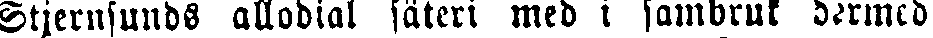
Stjernsunds allodial säteri med i sambruk dermed